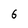
Character: 6